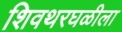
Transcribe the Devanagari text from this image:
शिवथरघळीला